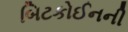
બિટકોઈનની